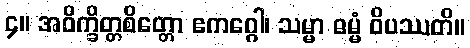
၄။ အဝိက္ခိတ္တစိတ္တော ဧကဂ္ဂေါ၊ သမ္မာ ဓမ္မံ ဝိပဿတိ။